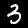
Digit: 3